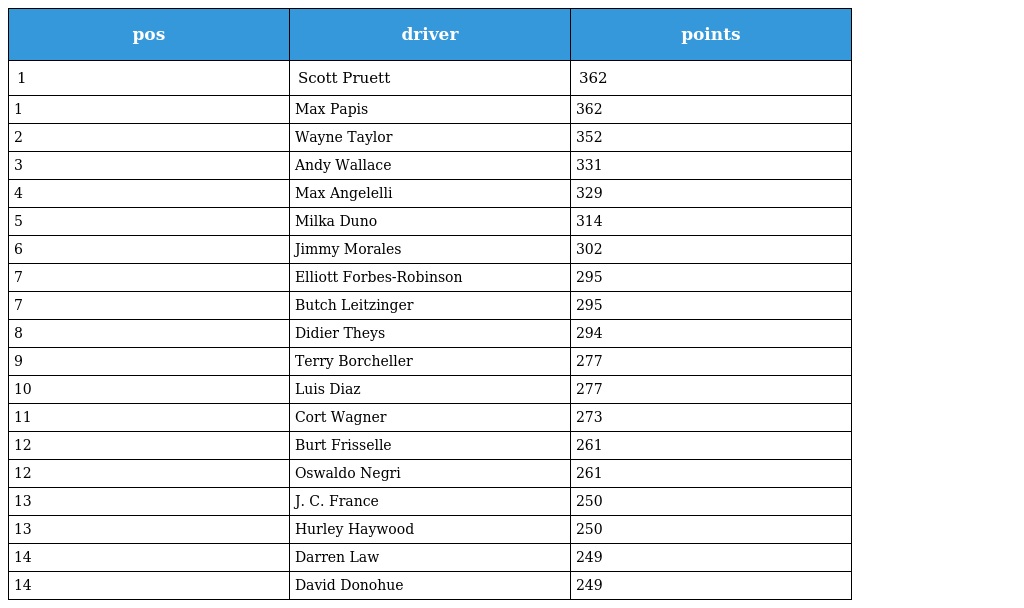
| pos | driver | points |
 | --- | --- | --- |
 | 1 | Scott Pruett | 362 |
 | 1 | Max Papis | 362 |
 | 2 | Wayne Taylor | 352 |
 | 3 | Andy Wallace | 331 |
 | 4 | Max Angelelli | 329 |
 | 5 | Milka Duno | 314 |
 | 6 | Jimmy Morales | 302 |
 | 7 | Elliott Forbes-Robinson | 295 |
 | 7 | Butch Leitzinger | 295 |
 | 8 | Didier Theys | 294 |
 | 9 | Terry Borcheller | 277 |
 | 10 | Luis Diaz | 277 |
 | 11 | Cort Wagner | 273 |
 | 12 | Burt Frisselle | 261 |
 | 12 | Oswaldo Negri | 261 |
 | 13 | J. C. France | 250 |
 | 13 | Hurley Haywood | 250 |
 | 14 | Darren Law | 249 |
 | 14 | David Donohue | 249 |